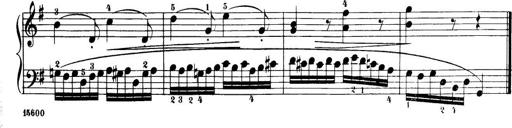
Title: 32 Sonatinas and Rondos for the Piano
Composer: Richard Kleinmichel